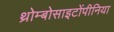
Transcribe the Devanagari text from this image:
थ्रोम्बोसाइटोंपीनिया